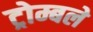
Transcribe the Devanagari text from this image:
ट्रोम्बले